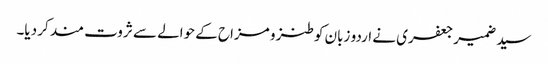
سید ضمیر جعفری نے اردو زبان کو طنز و مزاح کے حوالے سے ثروت مند کر دیا۔